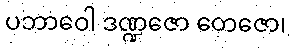
ပဘာဝေါ ဒဏ္ဍဇော တေဇော၊